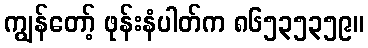
ကျွန်တော့် ဖုန်းနံပါတ်က ၈၆၅၃၅၃၅၉။